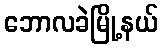
ဘောလခဲမြို့နယ်